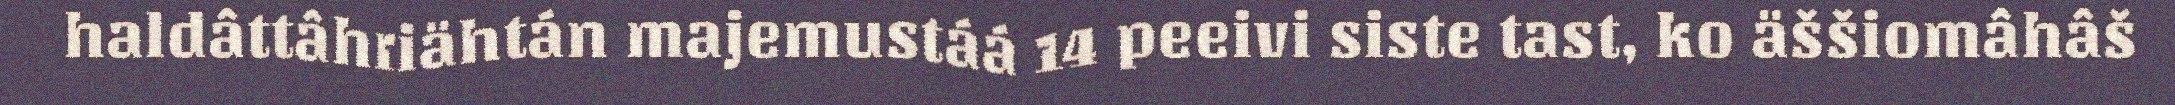
haldâttâhriähtán majemustáá 14 peeivi siste tast, ko äššiomâhâš